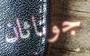
جوناثان